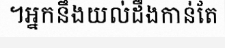
។អ្នកនឹងយល់ដឹងកាន់តែ